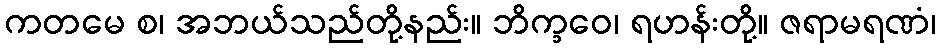
ကတမေ စ၊ အဘယ်သည်တို့နည်း။ ဘိက္ခဝေ၊ ရဟန်းတို့။ ဇရာမရဏံ၊